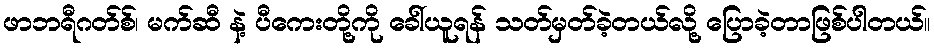
ဖာဘရီဂတ်စ်၊ မက်ဆီ နဲ့ ပီကေးတို့ကို ခေါ်ယူရန် သတ်မှတ်ခဲ့တယ်လို့ ပြောခဲ့တာဖြစ်ပါတယ်။